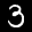
Label: 3